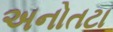
અનોતટા